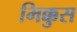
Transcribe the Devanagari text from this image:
भिक्कुस